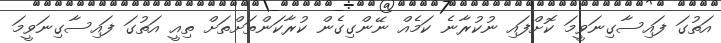
އަތުގަ ފައިސާގިނަވީމަ ކޮށްފައި ނުކުރާނެ ކަމެއް ނޭންގިގެން ކުރާކަންތަށްތަށް ތިއީ އަތުގަ ފައިސާގިނަވީމަ